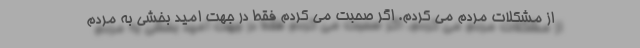
از مشکلات مردم می کردم. اگر صحبت می کردم فقط در جهت امید بخشی به مردم